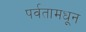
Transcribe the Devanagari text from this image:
पर्वतामधून